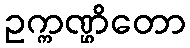
ဥက္ကဏ္ဌိတော